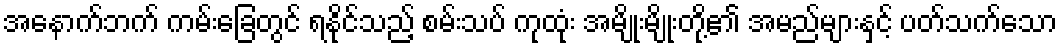
အနောက်ဘက် ကမ်းခြေတွင် ရနိုင်သည့် စမ်းသပ် ကုထုံး အမျိုးမျိုးတို့၏ အမည်များနှင့် ပတ်သက်သော